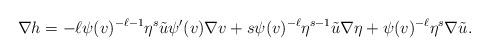
LaTeX: \begin{align*}\nabla h &= -\ell \psi(v)^{-\ell-1} \eta^{s} \tilde u \psi'(v) \nabla v + s \psi(v)^{-\ell} \eta^{s-1} \tilde u \nabla \eta + \psi(v)^{-\ell} \eta^s \nabla \tilde u. \end{align*}